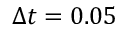
\Delta t = 0 . 0 5